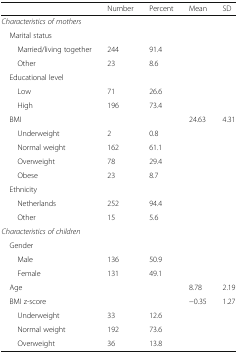
<table><thead><tr><td></td><td><b>Number</b></td><td><b>Percent</b></td><td><b>Mean</b></td><td><b>SD</b></td></tr></thead><tbody><tr><td colspan="5"><i>Characteristics of mothers</i></td></tr><tr><td colspan="5"> Marital status</td></tr><tr><td>Married/living together</td><td>244</td><td>91.4</td><td></td><td></td></tr><tr><td>Other</td><td>23</td><td>8.6</td><td></td><td></td></tr><tr><td colspan="5"> Educational level</td></tr><tr><td>Low</td><td>71</td><td>26.6</td><td></td><td></td></tr><tr><td>High</td><td>196</td><td>73.4</td><td></td><td></td></tr><tr><td> BMI</td><td></td><td></td><td>24.63</td><td>4.31</td></tr><tr><td>Underweight</td><td>2</td><td>0.8</td><td></td><td></td></tr><tr><td>Normal weight</td><td>162</td><td>61.1</td><td></td><td></td></tr><tr><td>Overweight</td><td>78</td><td>29.4</td><td></td><td></td></tr><tr><td>Obese</td><td>23</td><td>8.7</td><td></td><td></td></tr><tr><td colspan="5"> Ethnicity</td></tr><tr><td>Netherlands</td><td>252</td><td>94.4</td><td></td><td></td></tr><tr><td>Other</td><td>15</td><td>5.6</td><td></td><td></td></tr><tr><td colspan="5"><i>Characteristics of children</i></td></tr><tr><td colspan="5"> Gender</td></tr><tr><td>Male</td><td>136</td><td>50.9</td><td></td><td></td></tr><tr><td>Female</td><td>131</td><td>49.1</td><td></td><td></td></tr><tr><td> Age</td><td></td><td></td><td>8.78</td><td>2.19</td></tr><tr><td> BMI z-score</td><td></td><td></td><td>−0.35</td><td>1.27</td></tr><tr><td>Underweight</td><td>33</td><td>12.6</td><td></td><td></td></tr><tr><td>Normal weight</td><td>192</td><td>73.6</td><td></td><td></td></tr><tr><td>Overweight</td><td>36</td><td>13.8</td><td></td><td></td></tr></tbody></table>